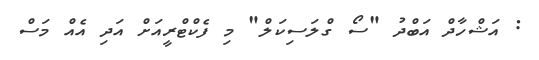
: އަޝްހާދް އަބްދު "ސޯ ގްލަސިކަލް" މި ފެކްޓްރީއަށް އަދި އެއް މަސް